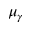
\mu _ { \gamma }